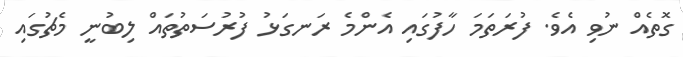
ގޮތެއް ނުވި އެވެ. ފުރަތަމަ ހާފުގައި އެންމެ ރަނގަޅު ފުރުސަތުތައް ލިބުނީ މެޗުގައި